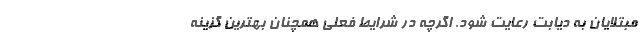
مبتلایان به دیابت رعایت شود. اگرچه در شرایط فعلی همچنان بهترین گزینه